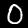
Digit: 0